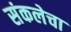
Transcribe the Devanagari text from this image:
संकलेचा